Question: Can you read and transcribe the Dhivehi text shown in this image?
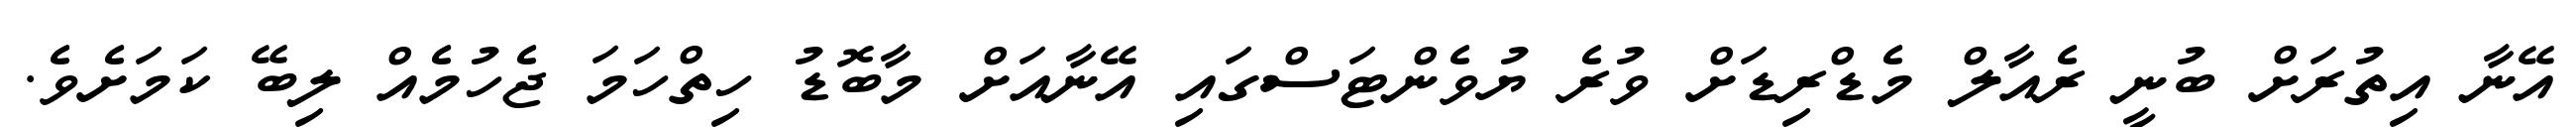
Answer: އޭނާ އިތުރަށް ބުނީ ރެއާލް މެޑްރިޑަށް ވުރެ ޔުވެންޓަސްގައި އޭނާއަށް މާބޮޑު ހިތްހަމަ ޖެހުމެއް ލިބޭ ކަމަށެވެ.